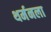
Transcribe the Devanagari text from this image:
थर्मनला